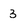
Character: 3